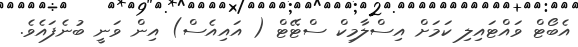
އެބޯޓް ވައްޓައިލި ކަމަށް އިސްލާމިކް ސްޓޭޓް ( އައިއެސް) އިން ވަނީ ބުނެފައެވެ.